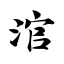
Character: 涫